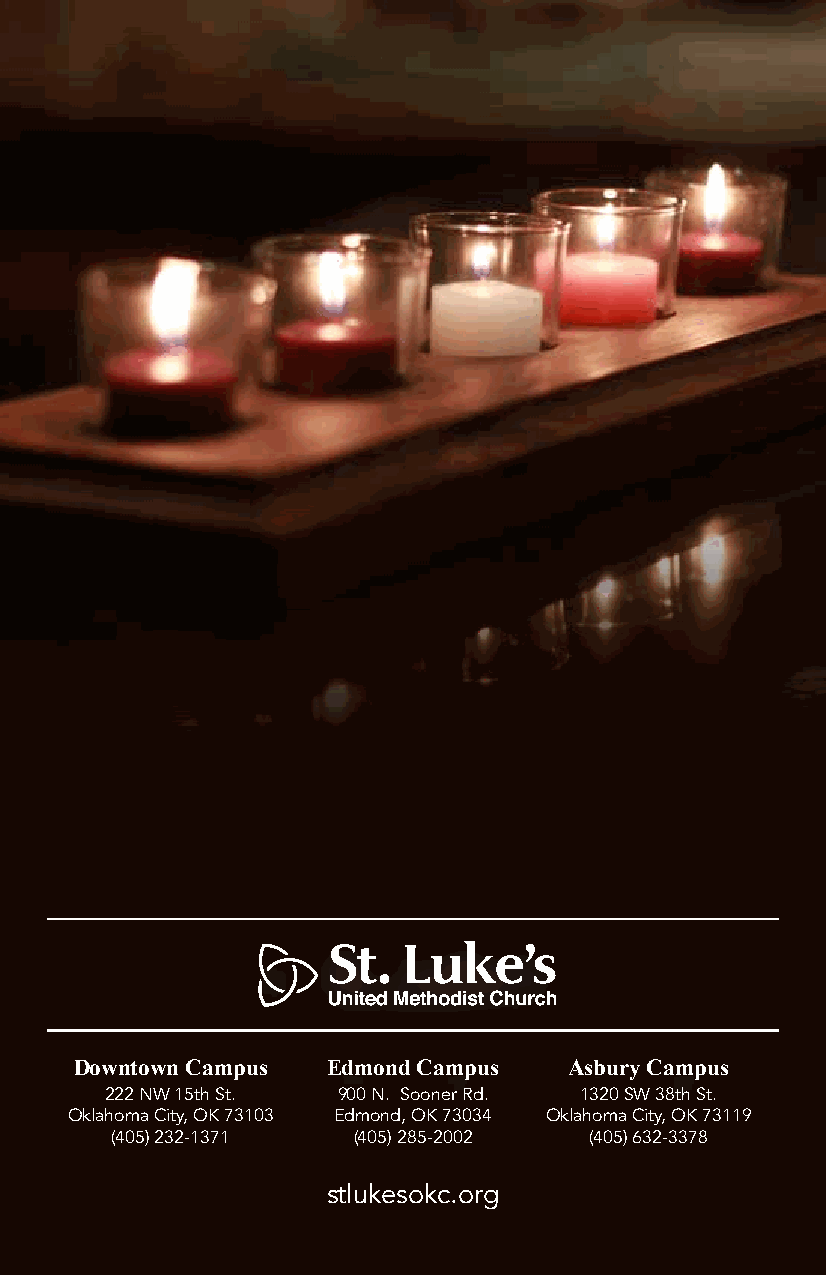
Downtown Campus  Edmond Campus   Asbury Campus
 222 NW 15th St. 900 N. Sooner Rd. 1320 SW 38th St.
 Oklahoma City, OK 73103 Edmond, OK 73034 Oklahoma City, OK 73119
 (405) 232-1371  (405) 285-2002  (405) 632-3378
 stlukesokc.org